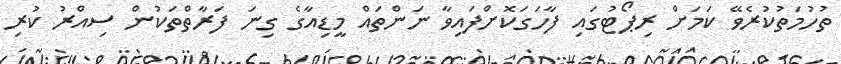
ތުހުމަތުކުރެވޭ ކަމަށް ރިޕޯޓުގައި ފާހަގަކޮށްފައިވާ ނަންތައް މީޑިއާގެ ގިނަ ފަރާތްތަކުން ސިއްރު ކުރި